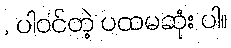
, ပါဝင်တဲ့ ပထမဆုံး ပါ။